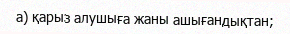
а) қарыз алушыға жаны ашығандықтан;